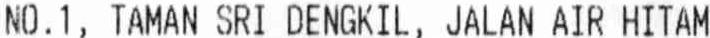
NO.1, TAMAN SRI DENGKIL, JALAN AIR HITAM